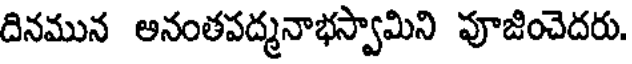
దినమున అనంతపద్మనాభస్వామిని పూజించెదరు.